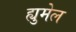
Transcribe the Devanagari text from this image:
ह्युमेल